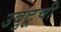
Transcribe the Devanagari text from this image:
उबुंटूची